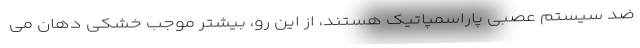
ضد سیستم عصبی پاراسمپاتیک هستند، از این رو، بیشتر موجب خشکی دهان می